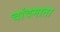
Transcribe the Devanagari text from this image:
चांदमाता